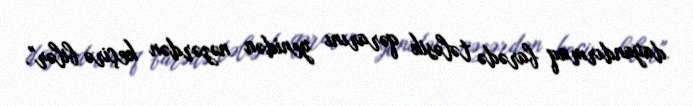
dayandırmaq barədə tələsik qərarını yenidən nəzərdən keçirə bilər".